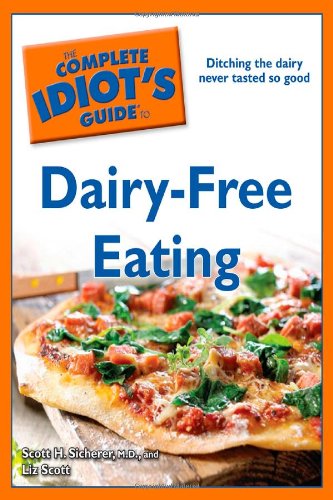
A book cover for The Complete Idiot's Guide to Dairy-Free Eating (Idiot's Guides); M.D., Scott H. Sicherer; Health, Fitness & Dieting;